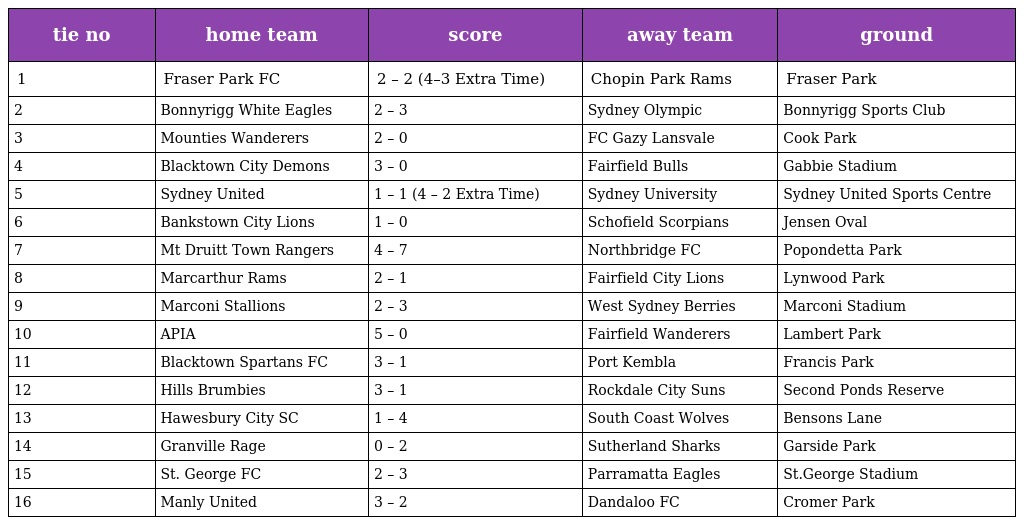
| tie no | home team | score | away team | ground |
 | --- | --- | --- | --- | --- |
 | 1 | Fraser Park FC | 2 – 2 (4–3 Extra Time) | Chopin Park Rams | Fraser Park |
 | 2 | Bonnyrigg White Eagles | 2 – 3 | Sydney Olympic | Bonnyrigg Sports Club |
 | 3 | Mounties Wanderers | 2 – 0 | FC Gazy Lansvale | Cook Park |
 | 4 | Blacktown City Demons | 3 – 0 | Fairfield Bulls | Gabbie Stadium |
 | 5 | Sydney United | 1 – 1 (4 – 2 Extra Time) | Sydney University | Sydney United Sports Centre |
 | 6 | Bankstown City Lions | 1 – 0 | Schofield Scorpians | Jensen Oval |
 | 7 | Mt Druitt Town Rangers | 4 – 7 | Northbridge FC | Popondetta Park |
 | 8 | Marcarthur Rams | 2 – 1 | Fairfield City Lions | Lynwood Park |
 | 9 | Marconi Stallions | 2 – 3 | West Sydney Berries | Marconi Stadium |
 | 10 | APIA | 5 – 0 | Fairfield Wanderers | Lambert Park |
 | 11 | Blacktown Spartans FC | 3 – 1 | Port Kembla | Francis Park |
 | 12 | Hills Brumbies | 3 – 1 | Rockdale City Suns | Second Ponds Reserve |
 | 13 | Hawesbury City SC | 1 – 4 | South Coast Wolves | Bensons Lane |
 | 14 | Granville Rage | 0 – 2 | Sutherland Sharks | Garside Park |
 | 15 | St. George FC | 2 – 3 | Parramatta Eagles | St.George Stadium |
 | 16 | Manly United | 3 – 2 | Dandaloo FC | Cromer Park |